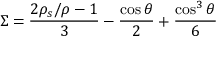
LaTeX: \Sigma = { \frac { 2 \rho _ { s } / \rho - 1 } { 3 } } - { \frac { \cos \theta } { 2 } } + { \frac { \cos ^ { 3 } \theta } { 6 } }